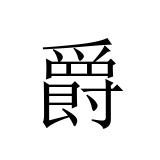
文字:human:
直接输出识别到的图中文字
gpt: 爵